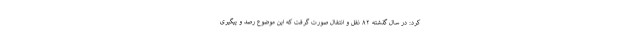
کرد: در سال گذشته ۸۲ نقل و انتقال صورت گرفت که این موضوع رصد و پیگیری